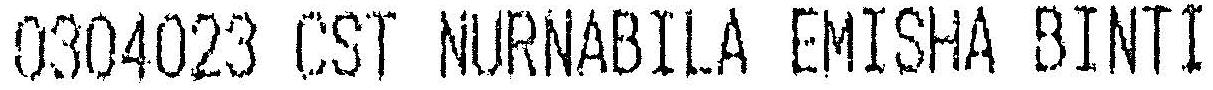
0304023 CST NURNABILA EMISHA BINTI